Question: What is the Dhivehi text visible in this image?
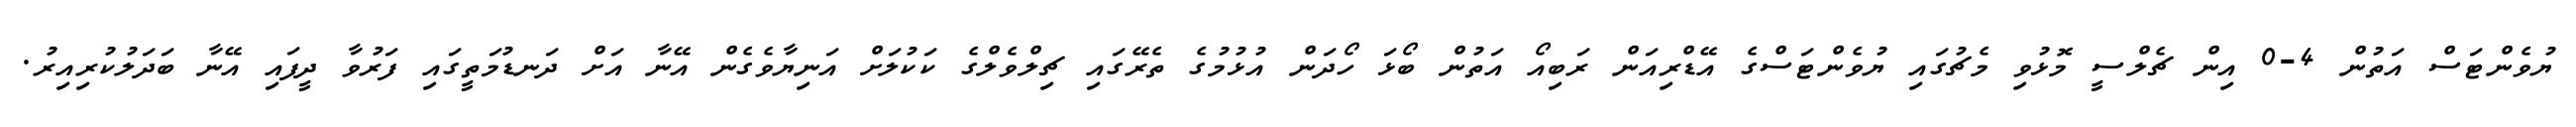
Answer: ޔުވެންޓަސް އަތުން 4-0 އިން ޗެލްސީ މޮޅުވި މެޗުގައި ޔުވެންޓަސްގެ އޭޑްރިއަން ރަބިއޯ އަތުން ބޯޅަ ހޯދަން އުޅުމުގެ ތެރޭގައި ޗިލްވެލްގެ ކަކުލަށް އަނިޔާވެގެން އޭނާ އަށް ދަނޑުމަތީގައި ފަރުވާ ދީފައި އޭނާ ބަދަލުކުރިއިރު.